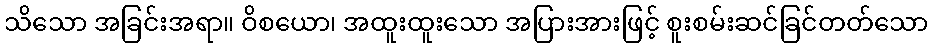
သိသော အခြင်းအရာ။ ဝိစယော၊ အထူးထူးသော အပြားအားဖြင့် စူးစမ်းဆင်ခြင်တတ်သော